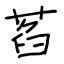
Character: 萏